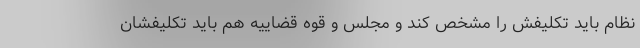
نظام باید تکلیفش را مشخص کند و مجلس و قوه قضاییه هم باید تکلیفشان